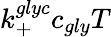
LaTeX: k_{+}^{glyc}c_{gly}T